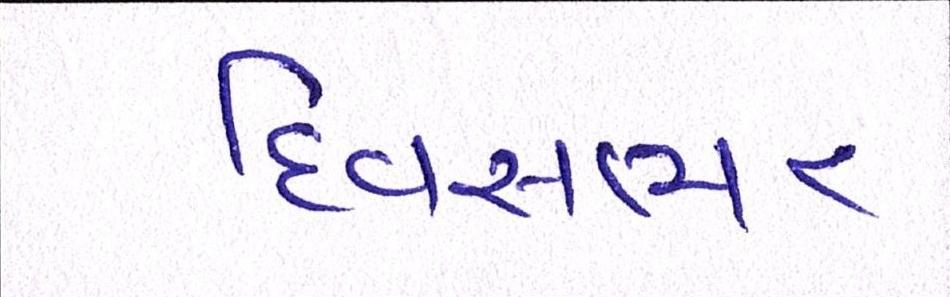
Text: દિવસભર